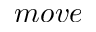
m o v e